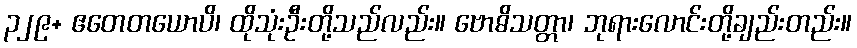
၃၂၉+ ဧတေတယောပိ၊ ထိုသုံးဦးတို့သည်လည်း။ ဗောဓိသတ္တာ၊ ဘုရားလောင်းတို့ချည်းတည်း။